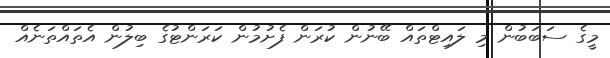
މީގެ ސަބަބުން މި ލައިޓްތައް ބޭނުން ކުރަން ފެށުމުން ކަރަންޓުގެ ބިލުން އެތައްތަނެއް